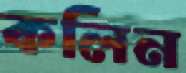
কলিন